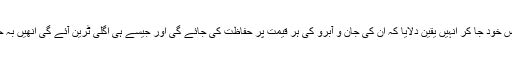
بیگم صاحب نے مہاجرین کے پاس خود جا کر انہیں یقین دلایا کہ ان کی جان و آبرو کی ہر قیمت پر حفاظت کی جائے گی اور جیسے ہی اگلی ٹرین آئے گی انھیں بہ حفاظت ٹرین تک پہنچایا جائے گا۔